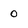
Character: 0